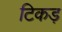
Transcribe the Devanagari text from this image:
टिकड़